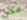
مكان